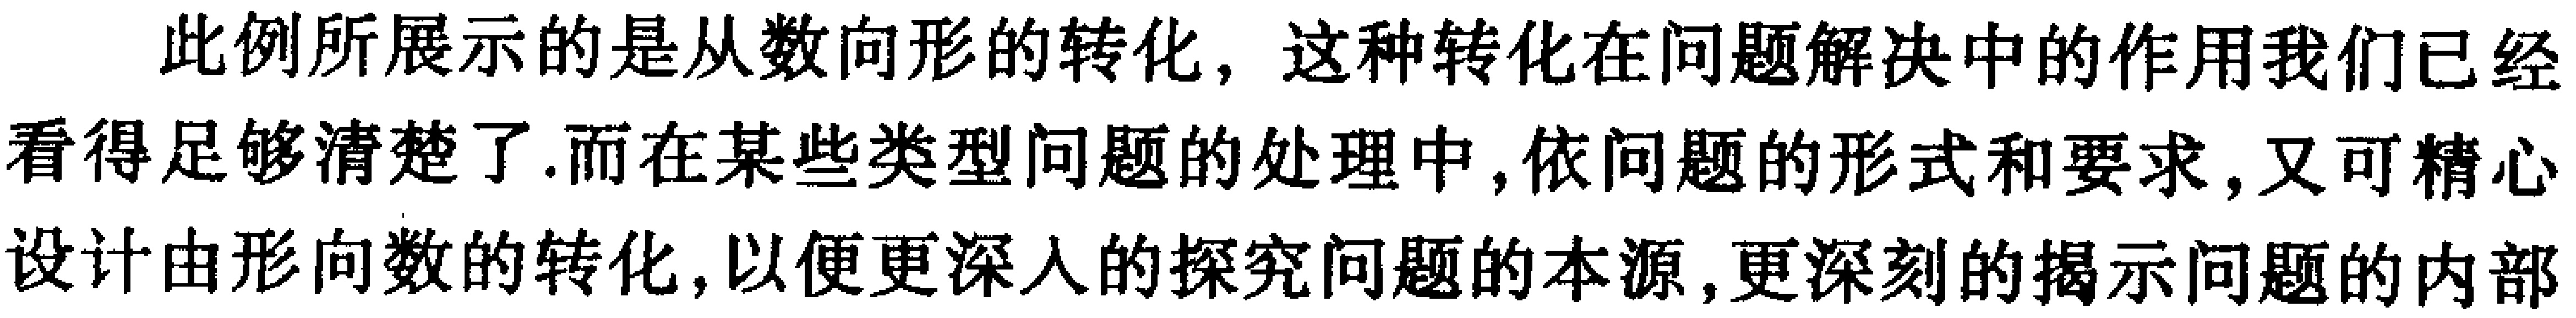
此例所展示的是从数向形的转化，这种转化在问题解决中的作用我们已经看得足够清楚了.而在某些类型问题的处理中,依问题的形式和要求,又可精心设计由形向数的转化,以便更深入的探究问题的本源,更深刻的揭示问题的内部